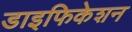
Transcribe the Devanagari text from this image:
डाइफिकेशन